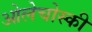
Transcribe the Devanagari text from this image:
ओलेचोस्की